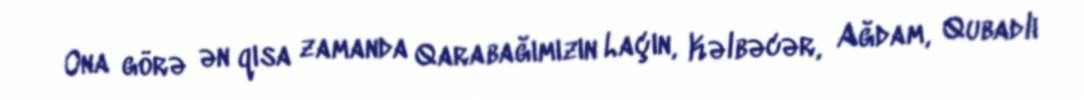
Ona görə ən qısa zamanda Qarabağımızın Laçın, Kəlbəcər, Ağdam, Qubadlı